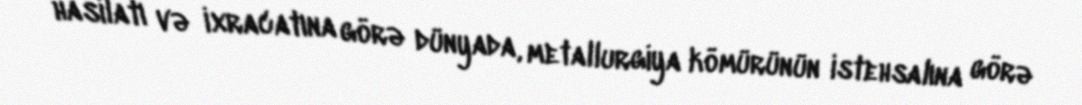
hasilatı və ixracatına görə dünyada, metallurgiya kömürünün istehsalına görə